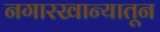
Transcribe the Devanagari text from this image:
नगारखान्यातून